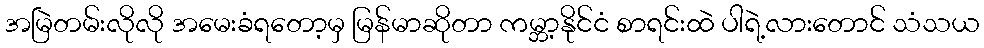
အမြဲတမ်းလိုလို အမေးခံရတော့မှ မြန်မာဆိုတာ ကမ္ဘာ့နိုင်ငံ စာရင်းထဲ ပါရဲ့လားတောင် သံသယ